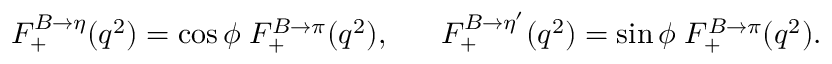
F _ { + } ^ { B \to \eta } ( q ^ { 2 } ) = \cos \phi \; F _ { + } ^ { B \to \pi } ( q ^ { 2 } ) , ~ ~ ~ ~ ~ F _ { + } ^ { B \to \eta ^ { \prime } } ( q ^ { 2 } ) = \sin \phi \; F _ { + } ^ { B \to \pi } ( q ^ { 2 } ) .